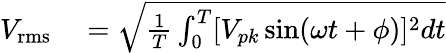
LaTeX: \begin{array}{rl}{V_{\mathrm{rms}}}&{{}={\sqrt{{\frac{1}{T}}\int_{0}^{T}[{V_{pk}\sin(\omega t+\phi)]^{2}dt}}}}\end{array}